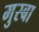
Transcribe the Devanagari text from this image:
मुस्बा